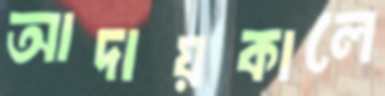
আদায়কালে